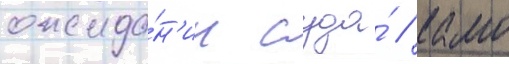
ожида́н'ии суда́ / камо